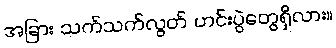
အခြား သက်သက်လွတ် ဟင်းပွဲတွေရှိလား။